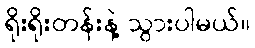
ရိုးရိုးတန်းနဲ့ သွားပါမယ်။